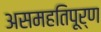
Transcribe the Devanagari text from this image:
असमहतिपूर्ण